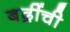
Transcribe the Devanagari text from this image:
बद्रींची